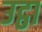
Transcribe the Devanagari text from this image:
उट्ठा